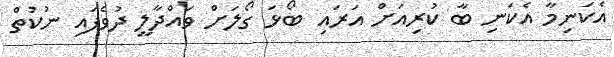
އެކަނިމާ އެކަނި ބާ ކުރިއަށް އަރައި ބޯޅަ ގޯލަށް ވައްދާލީ ދުވެފައި ނުކުތް